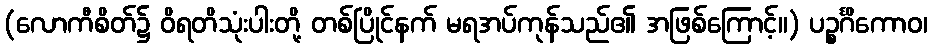
(လောကီစိတ်၌ ဝိရတိသုံးပါးတို့ တစ်ပြိုင်နက် မရအပ်ကုန်သည်၏ အဖြစ်ကြောင့်။) ပဉ္စင်္ဂိကောဝ၊